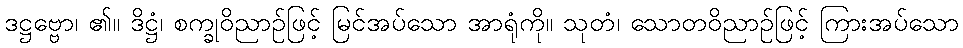
ဒဋ္ဌဗ္ဗော၊ ၏။ ဒိဋ္ဌံ၊ စက္ခုဝိညာဉ်ဖြင့် မြင်အပ်သော အာရုံကို။ သုတံ၊ သောတဝိညာဉ်ဖြင့် ကြားအပ်သော